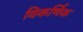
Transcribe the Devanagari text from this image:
विकर्णिक